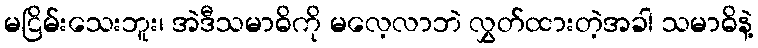
မငြိမ်းသေးဘူး၊ အဲဒီသမာဓိကို မလေ့လာဘဲ လွှတ်ထားတဲ့အခါ သမာဓိနဲ့